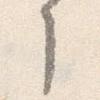
了